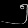
Digit: ၅